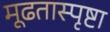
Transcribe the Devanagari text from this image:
मूढतास्पृष्टा